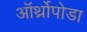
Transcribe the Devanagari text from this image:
ऑर्थ्रोपोडा